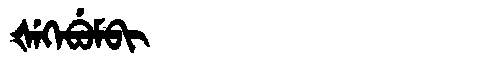
Manchu: ᡧᡝᡴᡝᠪᡠᠮᠪᡳ
Romanization: ŠEKEBUMBI